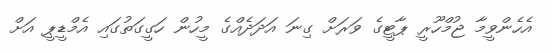
އެހެންވީމާ ޖުމްހޫރީ ޕާޓީގެ ވަރަށް ގިނަ އަދަދެއްގެ މީހުން ހަގީގަތުގައި އެމްޑީޕީ އަށް